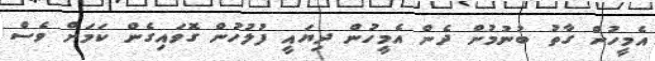
އެމީހުން ގާތު ބުނުމުން ދެން އެމީހުން ދިޔައީ ފުލުހުން ގޮވައިގެން ކަމަށް ވެސް